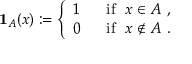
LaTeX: \mathbf { 1 } _ { A } ( x ) : = { \left\{ \begin{array} { l l } { 1 ~ } & { { \mathrm { ~ i f ~ } } ~ x \in A ~ , } \\ { 0 ~ } & { { \mathrm { ~ i f ~ } } ~ x \notin A ~ . } \end{array} \right. }